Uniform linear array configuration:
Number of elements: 64
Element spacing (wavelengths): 1
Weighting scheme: hann
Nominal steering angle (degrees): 15
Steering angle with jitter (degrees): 16.721
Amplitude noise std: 0.05
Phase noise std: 0.05

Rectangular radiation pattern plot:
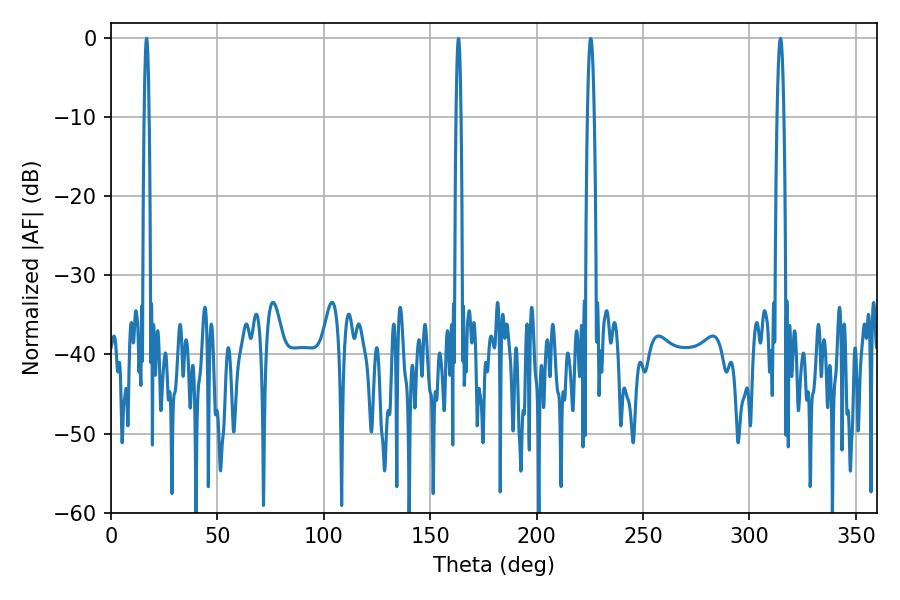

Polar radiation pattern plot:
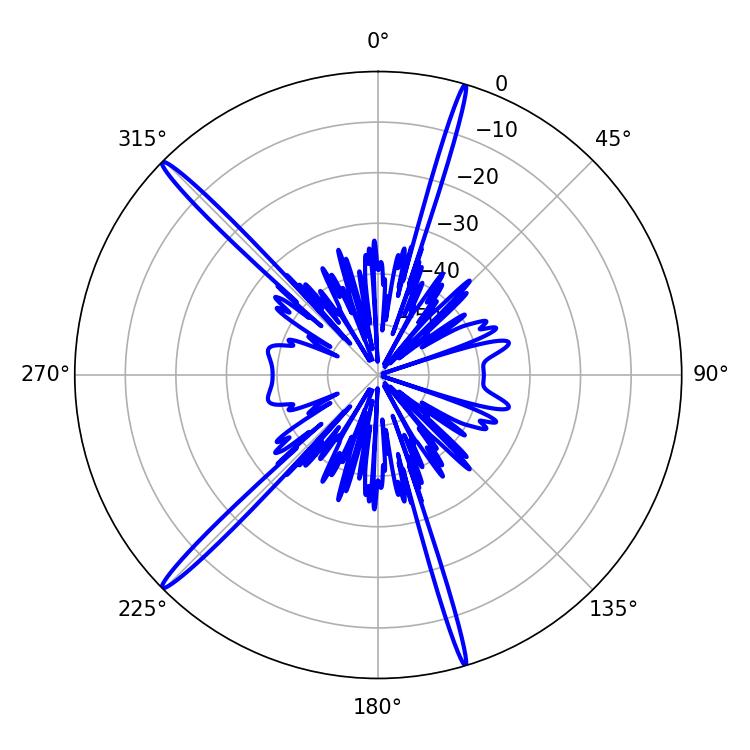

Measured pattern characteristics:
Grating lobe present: TRUE
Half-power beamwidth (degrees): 1.08
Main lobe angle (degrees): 16.74